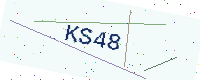
Text: KS48